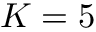
K = 5